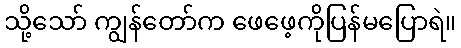
သို့သော် ကျွန်တော်က ဖေဖေ့ကိုပြန်မပြောရဲ။